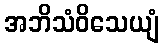
အဘိသံဝိသေယျံ